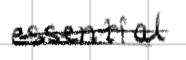
Text: essential
Cross-out: double-line
Writing tool: digital_black